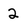
Character: 2